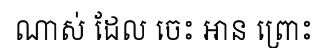
ណាស់ ដែល ចេះ អាន ព្រោះ